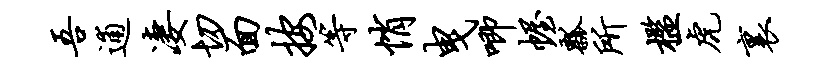
吾逋凄切面按等悄曳唧幄瓢所槛虎里